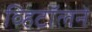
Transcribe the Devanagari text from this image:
व्हिटॉलने